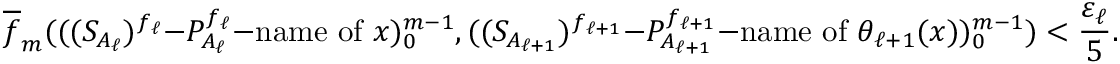
\overline { { f } } _ { m } ( ( ( S _ { A _ { \ell } } ) ^ { f _ { \ell } } \mathrm { - } P _ { A _ { \ell } } ^ { f _ { \ell } } \mathrm { - n a m e ~ o f \ } x ) _ { 0 } ^ { m - 1 } , ( ( S _ { A _ { \ell + 1 } } ) ^ { f _ { \ell + 1 } } \mathrm { - } P _ { A _ { \ell + 1 } } ^ { f _ { \ell + 1 } } \mathrm { - n a m e ~ o f \ } \theta _ { \ell + 1 } ( x ) ) _ { 0 } ^ { m - 1 } ) < \frac { \varepsilon _ { \ell } } { 5 } .